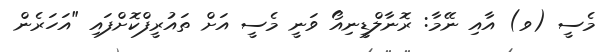
މެސީ (ވ) އާއި ނޭމާ: ރޮނާލްޑީނިއޯ ވަނީ މެސީ އަށް ތައުރީފްކޮށްފައި "އަހަރެން